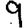
Digit: 9